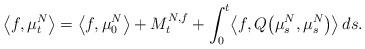
LaTeX: \begin{align*} \bigl\langle f,\mu^N_t\bigr\rangle=\bigl\langle f,\mu_0^N\bigr\rangle+M^{N,f}_t+\int_0^t\bigl\langle f,Q\bigl(\mu^N_s,\mu _s^N\bigr)\bigr\rangle \,ds.\end{align*}